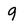
Character: 9